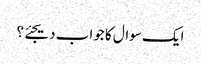
ایک سوال کا جواب دیجئے؟